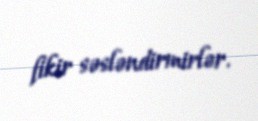
fikir səsləndirmirlər.